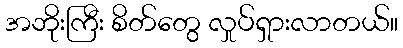
အဘိုးကြီး စိတ်တွေ လှုပ်ရှားလာတယ်။